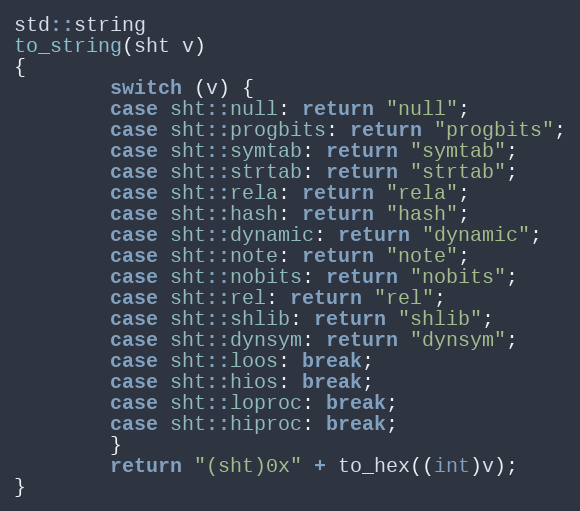
Language: C++
std::string
to_string(sht v)
{
        switch (v) {
        case sht::null: return "null";
        case sht::progbits: return "progbits";
        case sht::symtab: return "symtab";
        case sht::strtab: return "strtab";
        case sht::rela: return "rela";
        case sht::hash: return "hash";
        case sht::dynamic: return "dynamic";
        case sht::note: return "note";
        case sht::nobits: return "nobits";
        case sht::rel: return "rel";
        case sht::shlib: return "shlib";
        case sht::dynsym: return "dynsym";
        case sht::loos: break;
        case sht::hios: break;
        case sht::loproc: break;
        case sht::hiproc: break;
        }
        return "(sht)0x" + to_hex((int)v);
}